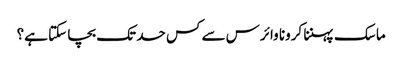
ماسک پہننا کرونا وائرس سے کس حد تک بچا سکتا ہے؟